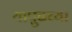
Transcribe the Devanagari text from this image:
यापुढच्या